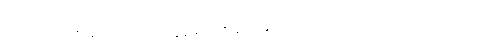
လကြည့်သူကို မျက်လုံးထောင့်စွန်းမှ တစ်ချက်မြင်လိုက်သော်လည်း လုံးဝသတိမထားခဲ့။